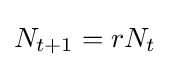
N_{t+1}=rN_{t}